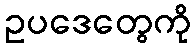
ဥပဒေတွေကို